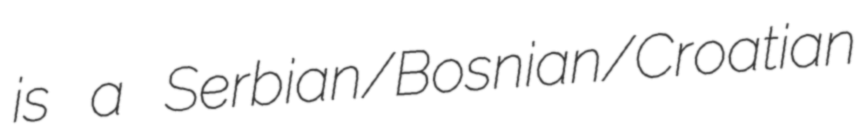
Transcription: is a Serbian/Bosnian/Croatian